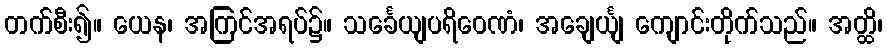
တက်စီး၍။ ယေန၊ အကြင်အရပ်၌။ သင်္ခေယျပရိဝေဏံ၊ အချေင်္ယျ ကျောင်းတိုက်သည်။ အတ္ထိ၊